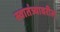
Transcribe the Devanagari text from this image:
स्वातंत्र्यावरील